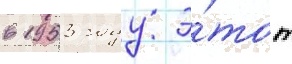
в 1953 году э́тот